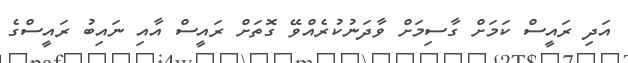
އަދި ރައީސް ކަމަށް ގާސިމަށް ވާދަނުކުރެއްވޭ ގޮތަށް ރައީސް އާއި ނައިބު ރައީސްގެ